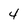
Character: 4